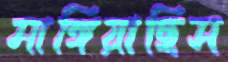
মাঙ্গিয়াছিস